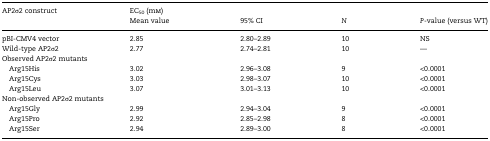
<table><thead><tr><td><b>AP2σ2 construct</b></td><td colspan="4"><b>EC<sub>50</sub> (mm)</b></td></tr><tr><td></td><td><b>Mean value</b></td><td><b>95% CI</b></td><td><b><i>N</i></b></td><td><b><i>P</i>-value (versus WT)</b></td></tr></thead><tbody><tr><td>pBI-CMV4 vector</td><td>2.85</td><td>2.80–2.89</td><td>10</td><td>NS</td></tr><tr><td>Wild-type AP2σ2</td><td>2.77</td><td>2.74–2.81</td><td>10</td><td>—</td></tr><tr><td colspan="5">Observed AP2σ2 mutants</td></tr><tr><td> Arg15His</td><td>3.02</td><td>2.96–3.08</td><td>9</td><td>&lt;0.0001</td></tr><tr><td> Arg15Cys</td><td>3.03</td><td>2.98–3.07</td><td>10</td><td>&lt;0.0001</td></tr><tr><td> Arg15Leu</td><td>3.07</td><td>3.01–3.13</td><td>10</td><td>&lt;0.0001</td></tr><tr><td colspan="5">Non-observed AP2σ2 mutants</td></tr><tr><td> Arg15Gly</td><td>2.99</td><td>2.94–3.04</td><td>9</td><td>&lt;0.0001</td></tr><tr><td> Arg15Pro</td><td>2.92</td><td>2.85–2.98</td><td>8</td><td>&lt;0.0001</td></tr><tr><td> Arg15Ser</td><td>2.94</td><td>2.89–3.00</td><td>8</td><td>&lt;0.0001</td></tr></tbody></table>